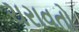
ચરાવતો